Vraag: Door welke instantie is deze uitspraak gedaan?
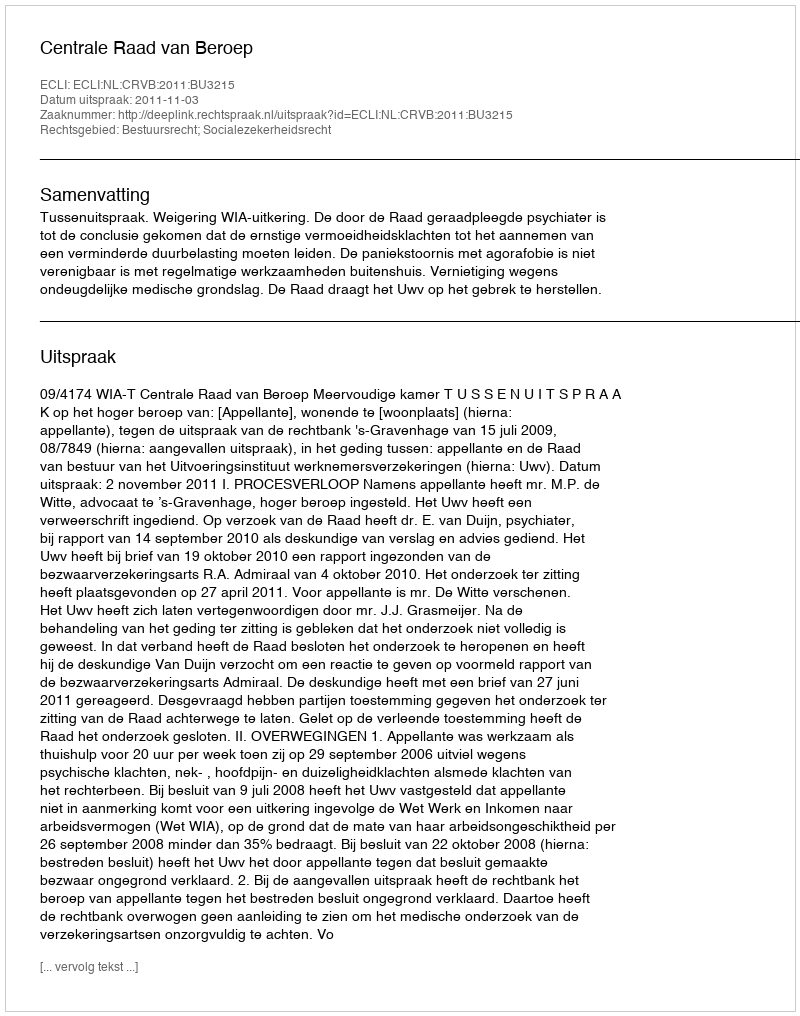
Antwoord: Centrale Raad van Beroep